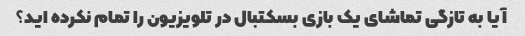
آیا به تازگی تماشای یک بازی بسکتبال در تلویزیون را تمام نکرده اید؟